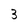
Character: 3